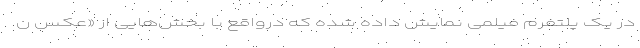
در یک پلتفرم فیلمی نمایش داده شده که درواقع با بخش‌هایی از «عکس ن